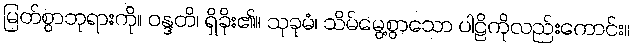
မြတ်စွာဘုရားကို။ ဝန္ဒတိ၊ ရှိခိုး၏။ သုခုမံ၊ သိမ်မွေ့စွာသော ပါဠိကိုလည်းကောင်း။